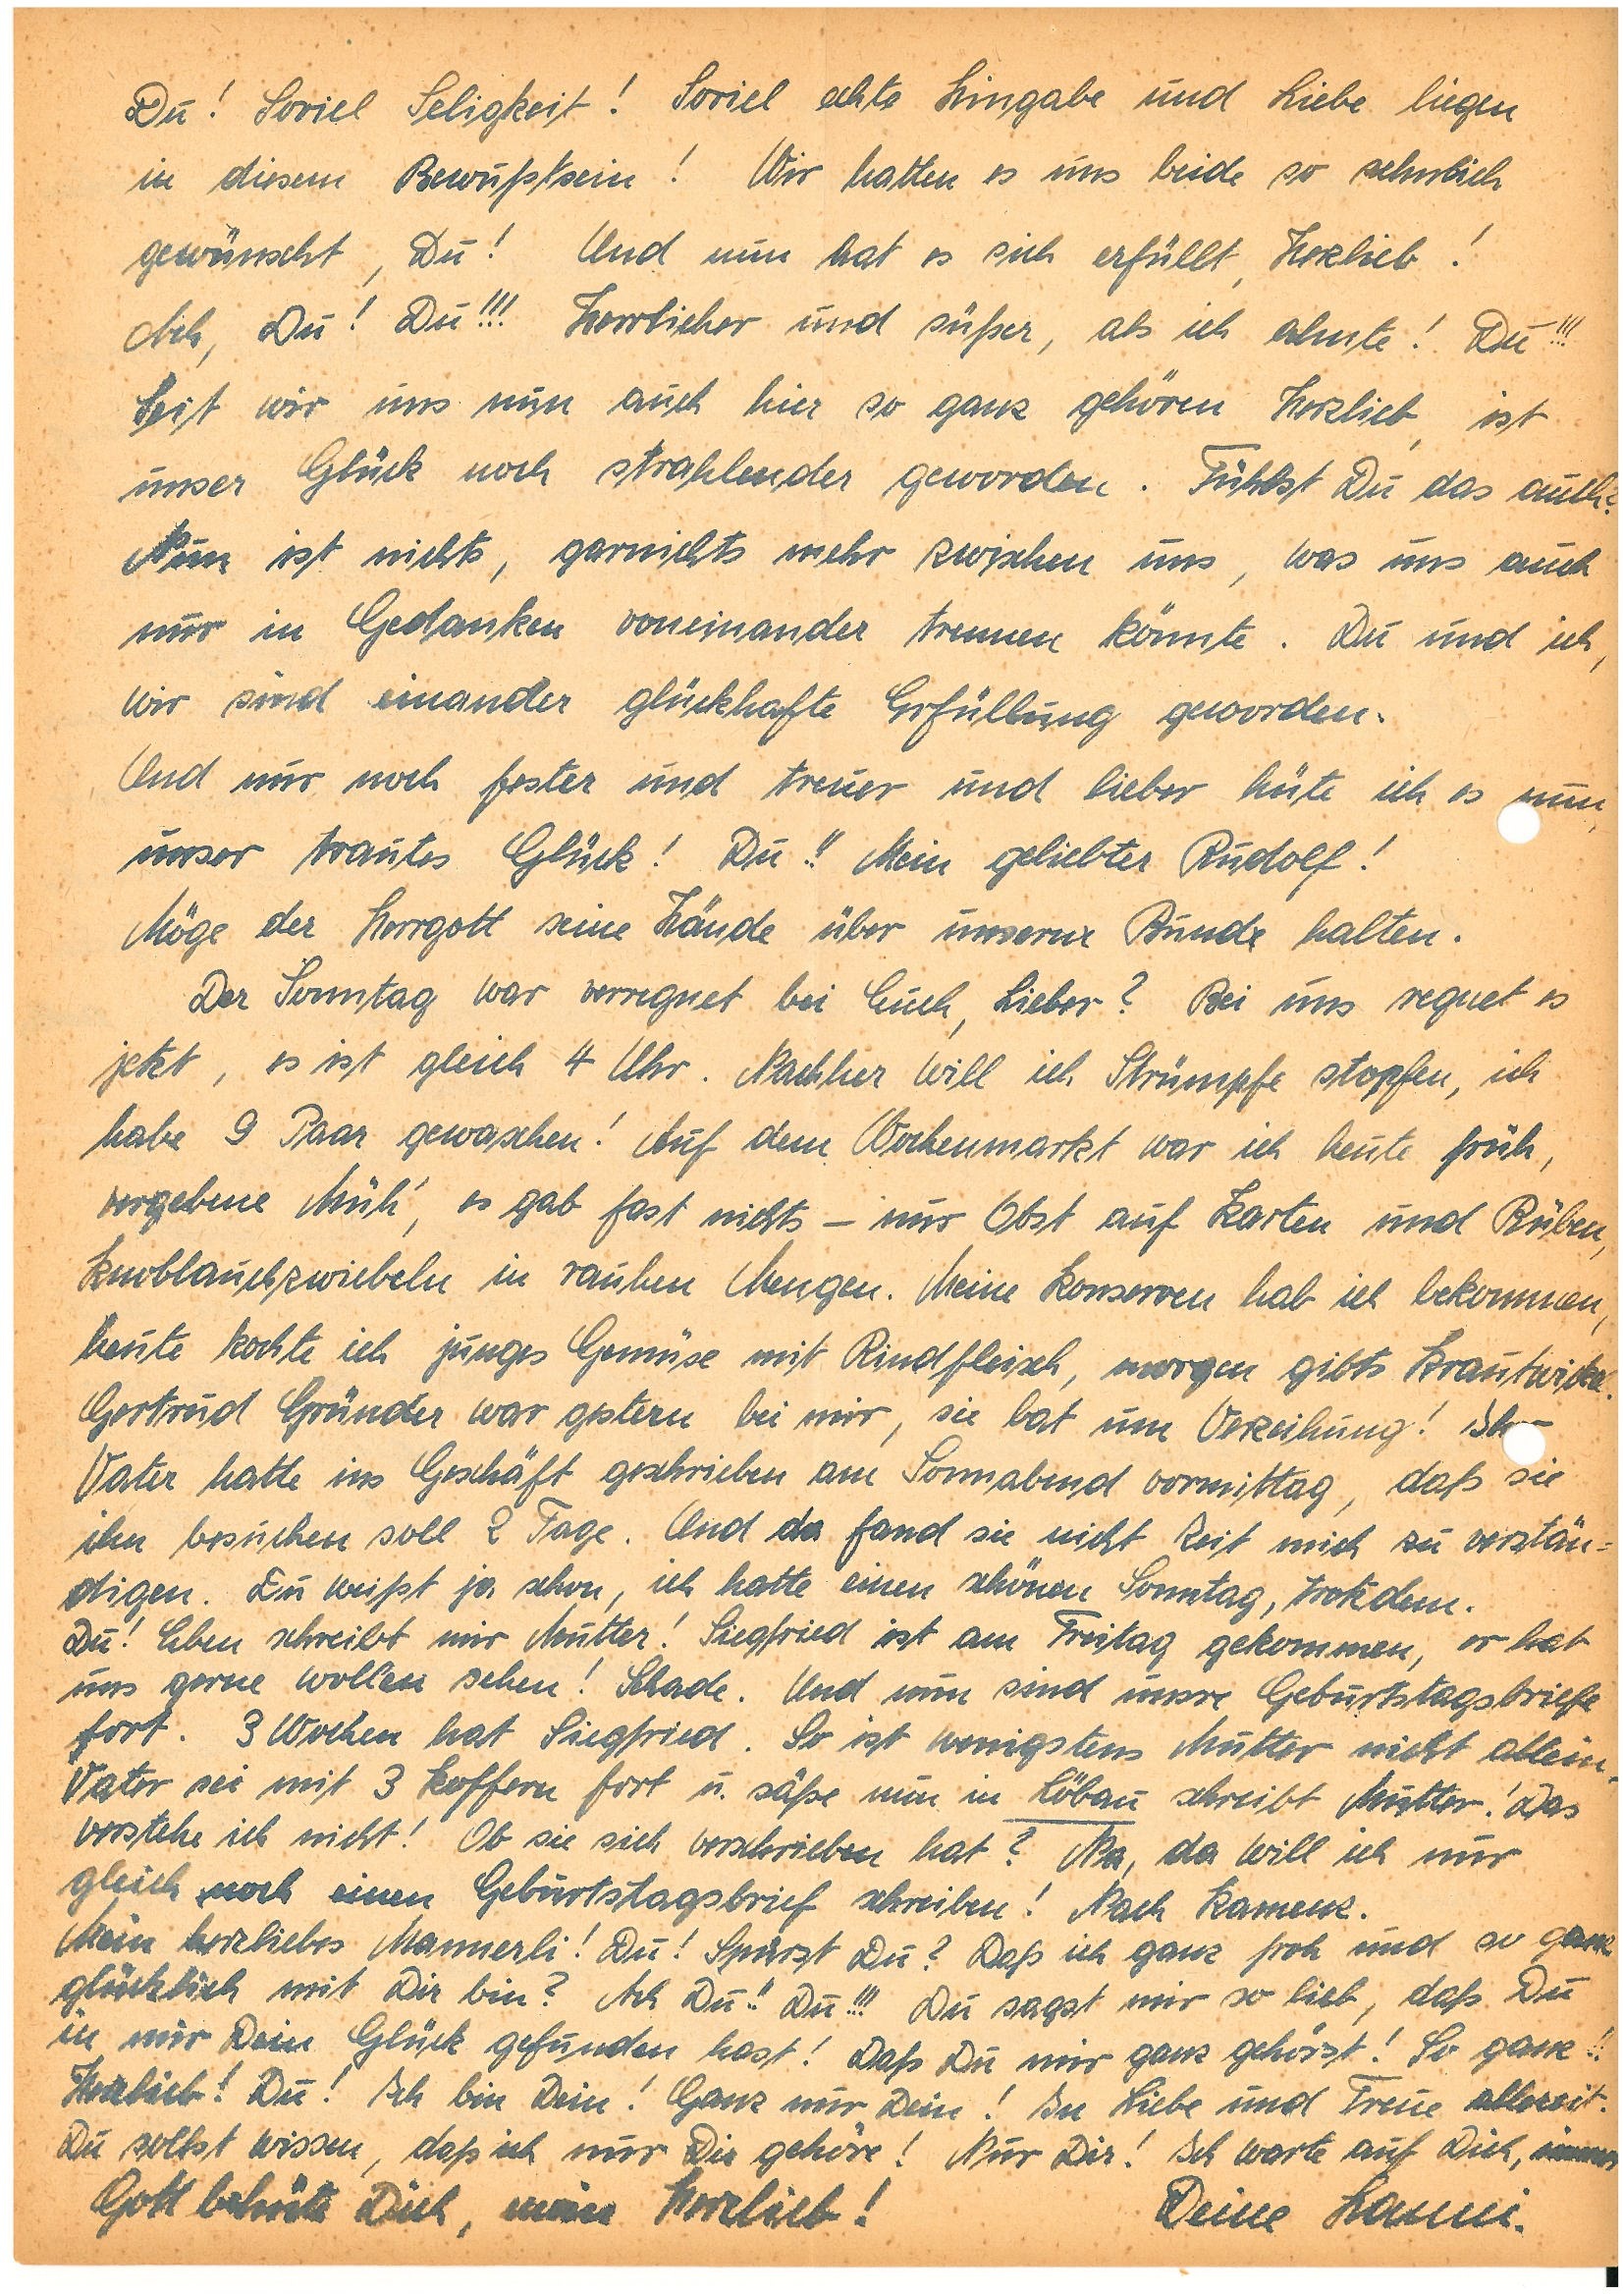
Du! Soviel Seligkeit! Soviel echte Hingabe und Liebe liegen
in diesem Bewußtsein! Wir hatten es uns beide so sehnlich
gewünscht, Du! Und nun hat es sich erfüllt, Herzlieb!
Ach, Du! Du!!! Herrlicher und süßer, als ich ahnte! Du!!!
Seit wir uns nun auch hier so ganz gehören Herzlieb, ist
unser Glück noch strahlender geworden. Fühlst Du das auch?
Nun ist nichts, garnichts mehr zwischen uns, was uns auch
nur in Gedanken voneinander trennen könnte. Du und ich,
wir sind einander glückhafte Erfüllung geworden.
Und nur noch fester und treuer und lieber hüte ich es nun,
unser trautes Glück! Du!! Mein geliebter !
Möge der Herrgott seine Hände über unsernm Bunde halten.
Der Sonntag war verregnet bei Euch, Lieber? Bei uns regnet es
jetzt, es ist gleich 4 Uhr. Nachher will ich Strümpfe stopfen, ich
habe 9 Paar gewaschen! Auf dem Wochenmarkt war ich heute früh,
vergebene Müh’, es gab fast nichts – nur Obst auf Karten und Rüben,
Knoblauchzwiebeln in rauhen Mengen. Meine Konserven hab ich bekommen,
heute kochte ich junges Gemüse mit Rindfleisch, morgen gibts Krautwickel.
Gertrud G. war gestern bei mir, sie bat um Verzeihung! Ih
Vater hatte ins Geschäft geschrieben am Sonnabend vormittag, daß sie
ihn besuchen soll 2 Tage. Und da fand sie nicht Zeit mich zu verstän¬
digen. Du weißt ja schon, ich hatte einen schönen Sonntag, trotzdem.
Du! Eben schreibt mir Mutter! Siegfried ist am Freitag gekommen, er hat
uns gerne wollen sehen! Schade. Und nun sind unsre Geburtstagsbriefe
fort. 3 Wochen hat Siegfried. So ist wenigstens Mutter nicht allein.
Vater sei mit 3 Koffern fort u säße nun in L. schreibt Mutter! Das
verstehe ich nicht! Ob sie sich verschrieben hat? Na, da will ich nur
gleich noch einen Geburtstagsbrief schreiben! Nach K.
Mein herzliebes Mannerli! Du! Spürst du? Daß ich ganz froh und so ganz
glücklich mit Dir bin? Ach Du!! Du!!! Du sagst mir so lieb, daß Du
in mir Dein Glück gefunden hast! Daß Du mir ganz gehörst! So ganz!!
Herzlieb! Du! Ich bin Dein! Ganz nur Deine! In Liebe und Treue allezeit.
Du sollst wissen, daß ich nur Dir gehöre! Nur Dir! Ich warte auf Dich, immer
Gott behüte Dich, mein Herzlieb! Deine .